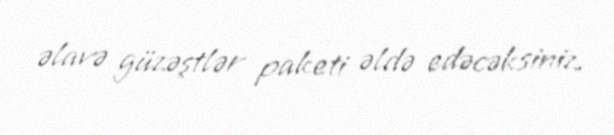
əlavə güzəştlər paketi əldə edəcəksiniz.